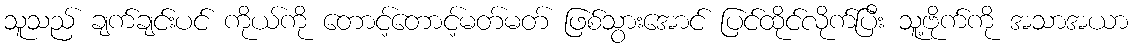
သူသည် ချက်ချင်းပင် ကိုယ်ကို တောင့်တောင့်မတ်မတ် ဖြစ်သွားအောင် ပြင်ထိုင်လိုက်ပြီး သူ့ဗိုက်ကို အသာအယာ